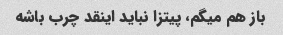
باز هم میگم، پیتزا نباید اینقد چرب باشه